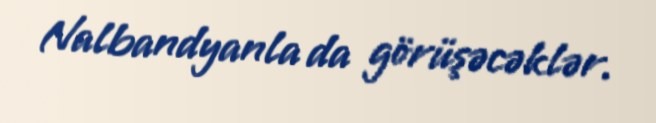
Nalbandyanla da görüşəcəklər.